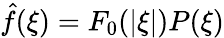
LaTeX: {\hat{f}}(\xi)=F_{0}(|\xi|)P(\xi)